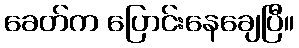
ခေတ်က ပြောင်းနေချေပြီ။